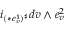
i _ { ( \ast e _ { v } ^ { 1 } ) ^ { \sharp } } d v \wedge e _ { v } ^ { 2 }